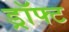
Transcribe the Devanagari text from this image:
ड्रॉफ्ट